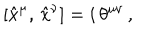
\left[ \hat { x } ^ { \mu } , \, \hat { x } ^ { \nu } \right] = i \, \theta ^ { \mu \nu } \, ,